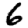
Digit: 6